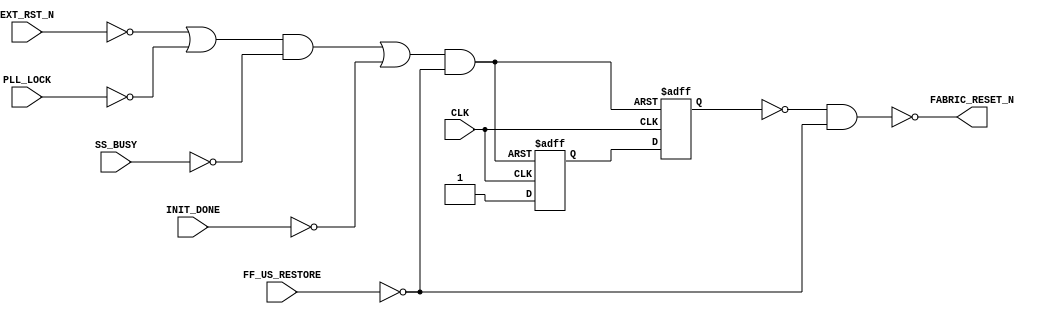
///////////////////////////////////////////////////////////////////////////////////////////////////
// Company: <Name>
//
// File history:
//      <Revision number>: <Date>: <Comments>
//      <Revision number>: <Date>: <Comments>
//      <Revision number>: <Date>: <Comments>
//
// Description: 
//
// <Description here>
//
// Targeted device: <Family::PolarFire> <Die::MPF300T_ES> <Package::FCG1152>
//
/////////////////////////////////////////////////////////////////////////////////////////////////// 

//`timescale <time_units> / <precision>

module reset_syn_1_reset_syn_1_0_CORERESET_PF(CLK,EXT_RST_N, PLL_LOCK, SS_BUSY, INIT_DONE, FF_US_RESTORE, FABRIC_RESET_N  );
input  CLK,EXT_RST_N, PLL_LOCK, SS_BUSY, INIT_DONE, FF_US_RESTORE;
output FABRIC_RESET_N;

wire A;
wire B;
wire C;
wire INTERNAL_RST;
reg dff_0 = 1'b1;
reg dff_1 = 1'b1;

assign A = !(!EXT_RST_N  | !PLL_LOCK);
assign B = !(!A & !SS_BUSY);
assign C = !(!B | !INIT_DONE);
assign INTERNAL_RST = !(!C & !FF_US_RESTORE);


always@(posedge CLK or negedge INTERNAL_RST)
begin
   if (!INTERNAL_RST)
      begin
         dff_0 <= 1'b0;
      end
   else
      begin
         dff_0 <= 1'b1;
      end
end

always@(posedge CLK or negedge INTERNAL_RST)
begin
   if (!INTERNAL_RST)
      begin
         dff_1 <= 1'b0;
      end
   else
      begin
         dff_1 <= dff_0;
      end
end

assign FABRIC_RESET_N = !(!dff_1 & !FF_US_RESTORE);

endmodule